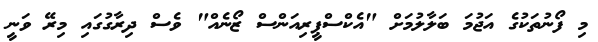
މި ފޯނުތަކުގެ އަޖުމަ ބަލާލުމަށް "އެކްސްޕީރިއަންސް ޒޯނެއް" ވެސް ދިރާގުގައި މިރޭ ވަނީ